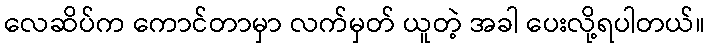
လေဆိပ်က ကောင်တာမှာ လက်မှတ် ယူတဲ့ အခါ ပေးလို့ရပါတယ်။